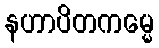
နဟာပိတကမ္မေ